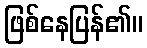
ဖြစ်နေပြန်၏။